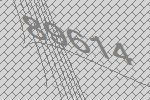
89614